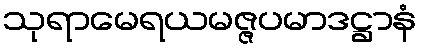
သုရာမေရယမဇ္ဇပမာဒဋ္ဌာနံ